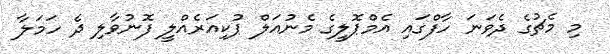
މި މެޗުގެ ދެވަނަ ހާފްގައި އެމްޕޮލީގެ މެނުއަލް ޕުކިއަރެއްލީ ފޮނުވާލި ދެ ހަމަލާ